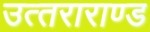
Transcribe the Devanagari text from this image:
उत्‍तराराण्‍ड